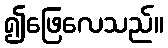
၍ဖြေလေသည်။